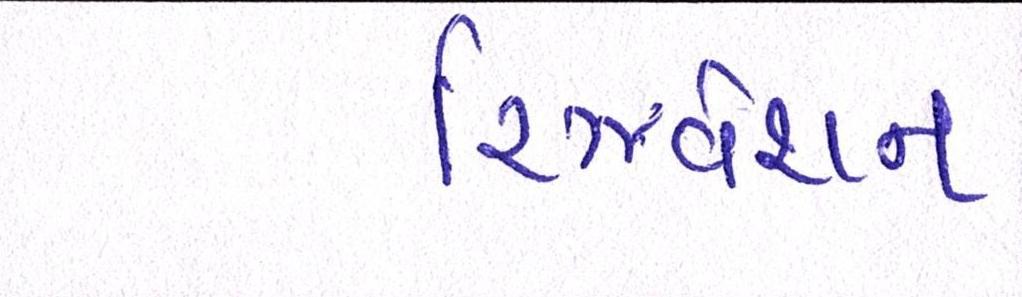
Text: રિઝર્વેશન